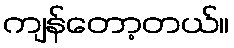
ကျန်တော့တယ်။